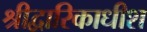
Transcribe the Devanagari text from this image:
श्रीद्वारिकाधीश